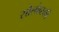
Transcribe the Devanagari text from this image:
सोलोव्स्की